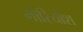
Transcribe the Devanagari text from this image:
मोरियोश